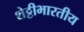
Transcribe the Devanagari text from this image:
शेट्टीभारतीय